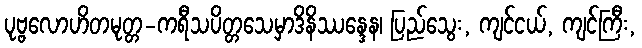
ပုဗ္ဗလောဟိတမုတ္တ-ကရီသပိတ္တသေမှာဒိနိဿန္ဒေန၊ ပြည်သွေး, ကျင်ငယ်, ကျင်ကြီး,